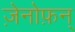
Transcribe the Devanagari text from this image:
ज़ेनोफ़न्